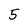
Character: 5